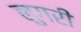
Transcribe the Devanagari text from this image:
लुगरी